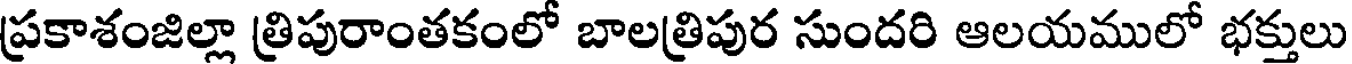
ప్రకాశంజిల్లా త్రిపురాంతకంలో బాలత్రిపుర సుందరి ఆలయములో భక్తులు